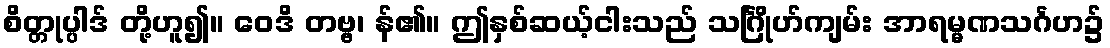
စိတ္တုပ္ပါဒ် တို့ဟူ၍။ ဝေဒိ တဗ္ဗ၊ န်၏။ ဤနှစ်ဆယ့်ငါးသည် သင်္ဂြိုဟ်ကျမ်း အာရမ္မဏသင်္ဂဟ၌